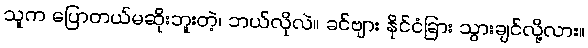
သူက ပြောတယ်မဆိုးဘူးတဲ့၊ ဘယ်လိုလဲ။ ခင်ဗျား နိုင်ငံခြား သွားချင်လို့လား။